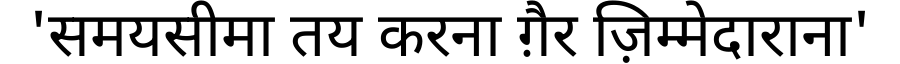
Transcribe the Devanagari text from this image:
'समयसीमा तय करना ग़ैर ज़िम्मेदाराना'